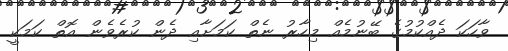
ވާހަކަ ދެއްކުމުގެ ބޭނުމެއް މިހާރު ނެތް ކަމަށާއި ދެން ކުރެވެން އޮތް ކަމަކީ